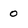
Character: 0